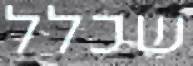
שכלל